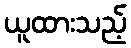
ယူထားသည့်